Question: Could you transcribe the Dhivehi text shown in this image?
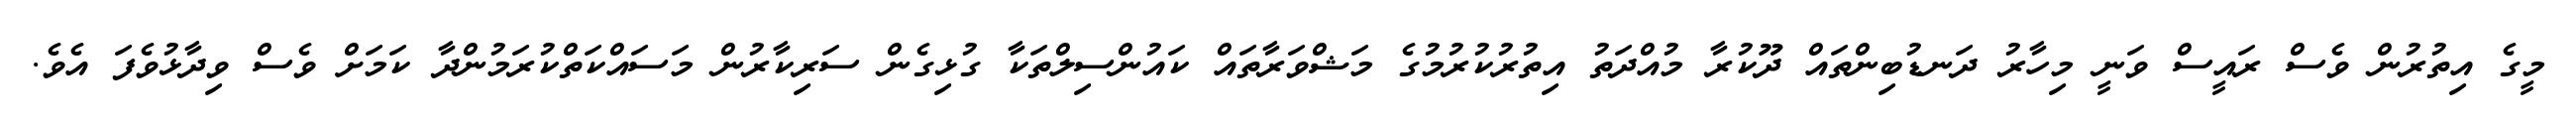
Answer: މީގެ އިތުރުން ވެސް ރައީސް ވަނީ މިހާރު ދަނޑުބިންތައް ދޫކުރާ މުއްދަތު އިތުރުކުރުމުގެ މަޝްވަރާތައް ކައުންސިލްތަކާ ގުޅިގެން ސަރިކާރުން މަސައްކަތްކުރަމުންދާ ކަމަށް ވެސް ވިދާޅުވެފަ އެވެ.